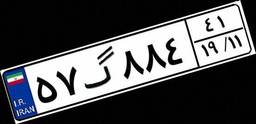
۵۷گ۸۸۴۴۱